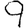
Digit: 9